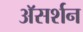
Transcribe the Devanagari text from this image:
अॅसर्शन